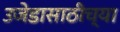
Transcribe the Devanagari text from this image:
उजेडासाठीच्या